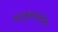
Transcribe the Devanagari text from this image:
मातृवनातील